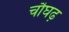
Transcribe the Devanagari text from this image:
चौघढ़